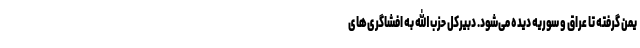
یمن گرفته تا عراق و سوریه دیده می‌شود. دبیرکل حزب الله به افشاگری‌های